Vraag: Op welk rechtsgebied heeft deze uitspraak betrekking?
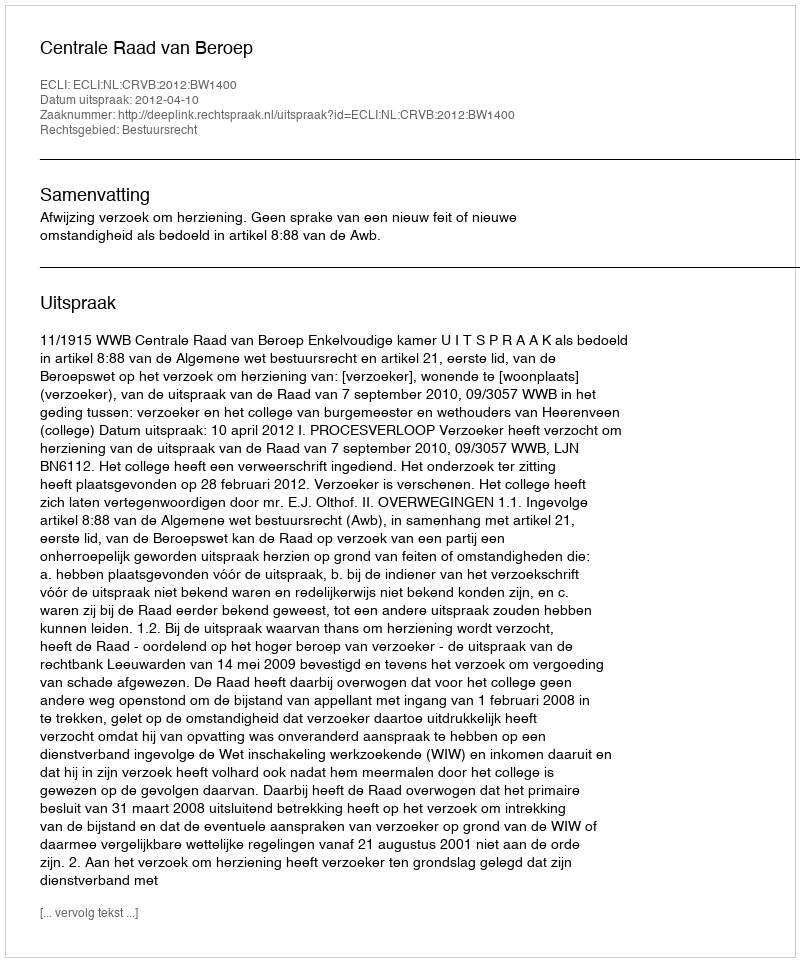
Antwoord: Bestuursrecht